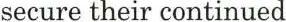
secure their continued